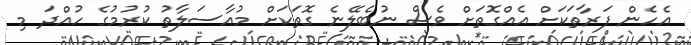
އެހެން ފަރާތަކަށް އެއްގޮތަށް ވެސް ނުބެލޭނެ ގޮތަކަށް މުއާސަލާތު ކުރުމުގެ ހުއްދަ މި